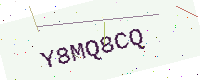
Text: Y8MQ8CQ